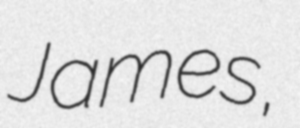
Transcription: James,